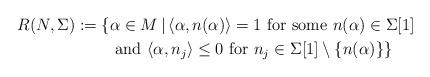
LaTeX: \begin{align*} R(N, \Sigma) := \{ &\alpha \in M \, | \, \langle \alpha, n(\alpha) \rangle = 1 \textrm{ for some } n(\alpha) \in \Sigma[1] \\& \textrm{ and } \langle \alpha, n_{j} \rangle \leq 0 \textrm{ for } n_j \in \Sigma[1]\setminus \{n(\alpha) \} \}\end{align*}